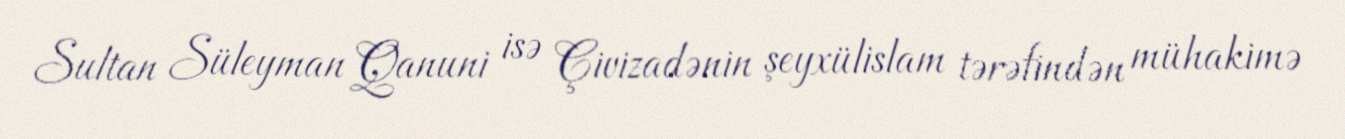
Sultan Süleyman Qanuni isə Çivizadənin şeyxülislam tərəfindən mühakimə